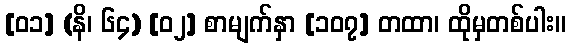
[၀၁] (နိ၊ ၆၄) [၀၂] စာမျက်နှာ [၁၀၇] တထာ၊ ထိုမှတစ်ပါး။